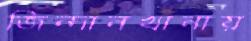
জিন্দানখানায়